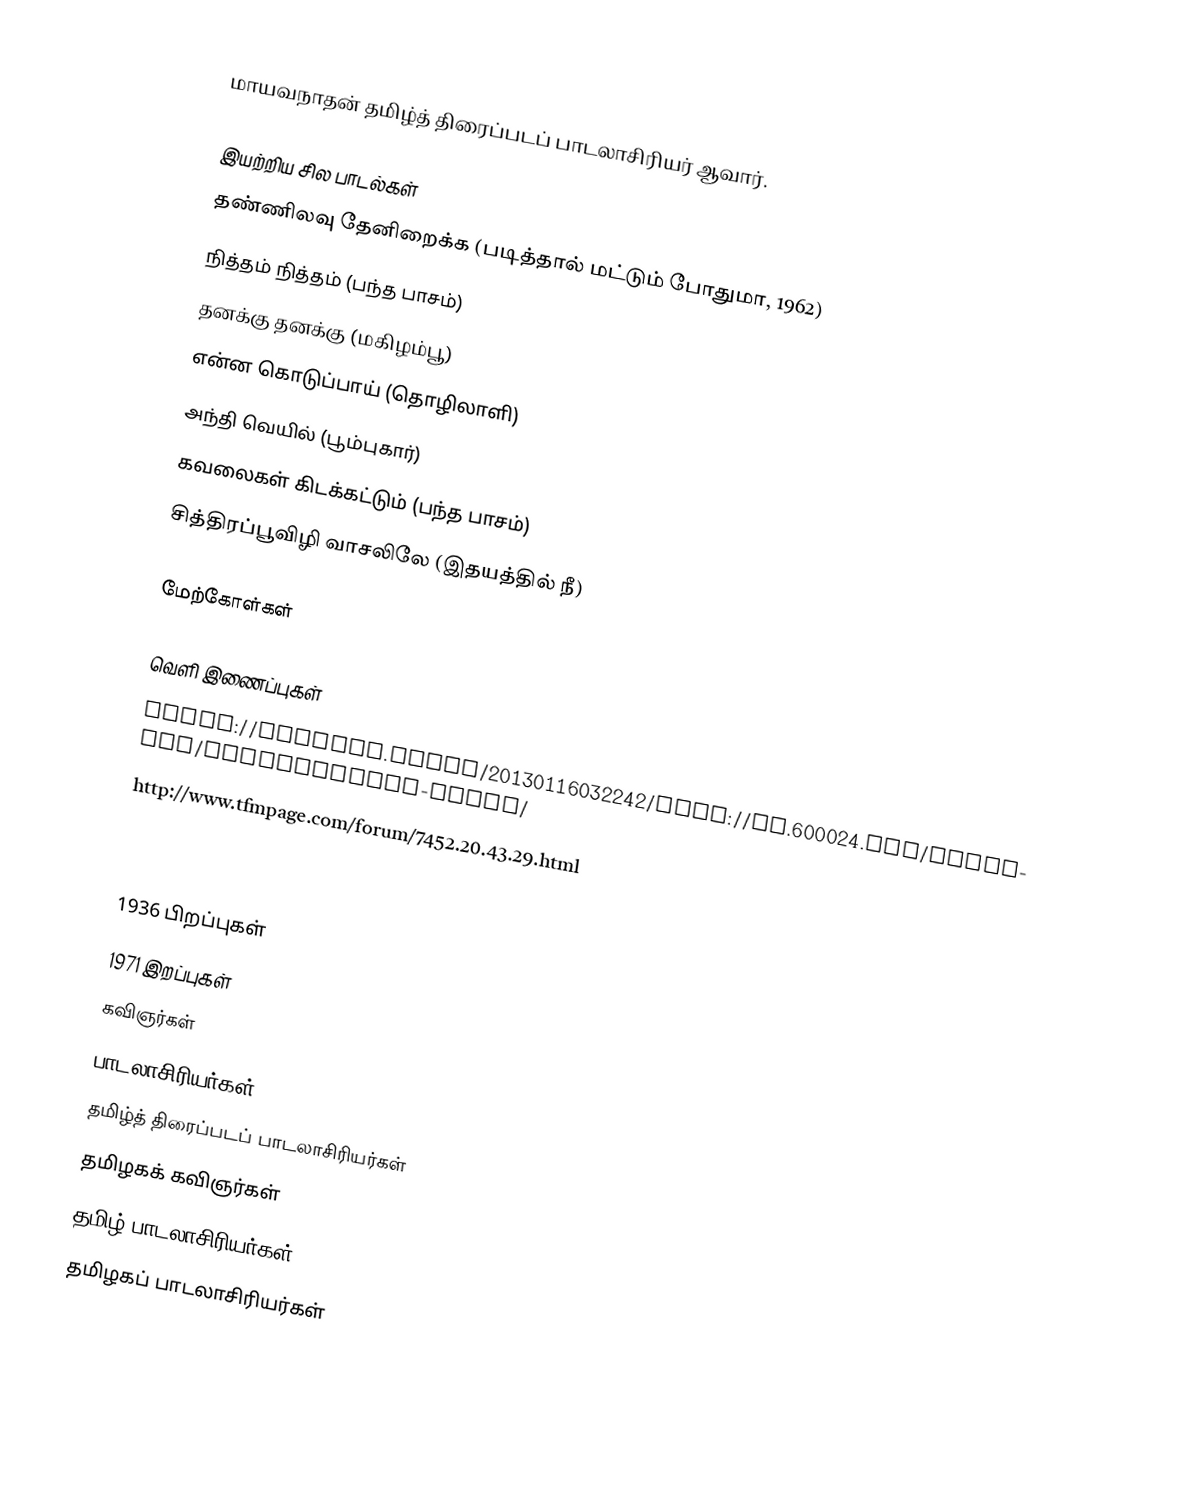
மாயவநாதன் தமிழ்த் திரைப்படப் பாடலாசிரியர் ஆவார்.

இயற்றிய சில பாடல்கள்
தண்ணிலவு தேனிறைக்க (படித்தால் மட்டும் போதுமா, 1962)
நித்தம் நித்தம் (பந்த பாசம்)
தனக்கு தனக்கு (மகிழம்பூ)
என்ன கொடுப்பாய் (தொழிலாளி)
அந்தி வெயில் (பூம்புகார்)
கவலைகள் கிடக்கட்டும் (பந்த பாசம்)
சித்திரப்பூவிழி வாசலிலே (இதயத்தில் நீ)

மேற்கோள்கள்

வெளி இணைப்புகள்
 https://archive.today/20130116032242/http://en.600024.com/lyricist/mayavanathan-songs/
 http://www.tfmpage.com/forum/7452.20.43.29.html
 http://cinefolks.com/tamil/AudioSongs/lyrics/Mayavanathan/

1936 பிறப்புகள்
1971 இறப்புகள்
கவிஞர்கள்
பாடலாசிரியர்கள்
தமிழ்த் திரைப்படப் பாடலாசிரியர்கள்
தமிழகக் கவிஞர்கள்
தமிழ் பாடலாசிரியர்கள்
தமிழகப் பாடலாசிரியர்கள்